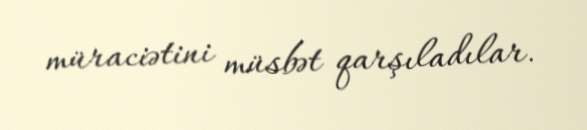
müraciətini müsbət qarşıladılar.